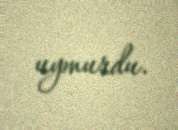
uymurdu.